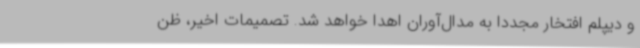
و دیپلم افتخار مجددا به مدال‌آوران اهدا خواهد شد. تصمیمات‌ اخیر، ظن